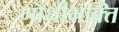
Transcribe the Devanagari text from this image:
गाँधीभक्ति